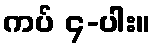
ကပ် ၄-ပါး။